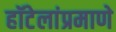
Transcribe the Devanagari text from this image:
हॉटेलांप्रमाणे